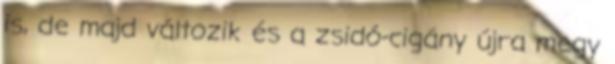
is, de majd változik és a zsidó-cigány újra megy